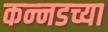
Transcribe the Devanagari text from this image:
कन्‍नडच्या